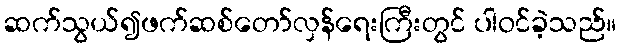
ဆက်သွယ်၍ဖက်ဆစ်တော်လှန်ရေးကြီးတွင် ပါဝင်ခဲ့သည်။